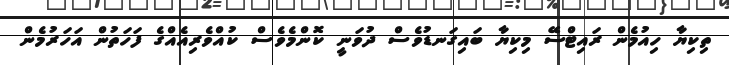
ތިކިޔާ ހިއުމެން ރައިޓްސޭ މިކިޔާ ބައިގަނޑުވެސް ދުވަނީ ކޮންމެވެސް ކުއްވެރިއެއްގެ ފަހަތުން އަހަރުމެން